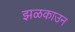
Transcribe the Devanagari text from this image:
झळकाउन